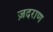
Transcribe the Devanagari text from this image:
ज़दराण